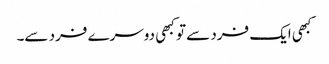
کبھی ایک فرد سے تو کبھی دوسرے فرد سے۔